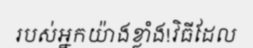
របស់អ្នកយ៉ាងខ្លាំង!វិធីដែល